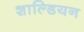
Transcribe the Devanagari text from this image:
शाल्डियन